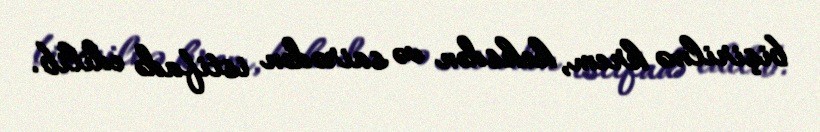
bişirilmə krem, keksdən və sairədən istifadə edilib.